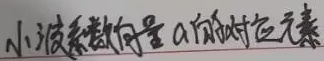
小波系数向量 \(a\) 的对应元素